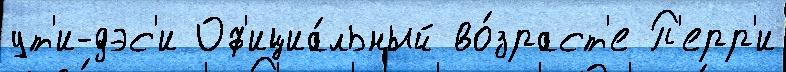
ут'и-дэс'и Оф'ициа́льный во́зраст'е П'ерр'и